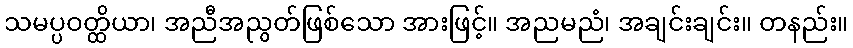
သမပ္ပဝတ္ထိယာ၊ အညီအညွတ်ဖြစ်သော အားဖြင့်။ အညမညံ၊ အချင်းချင်း။ တနည်း။